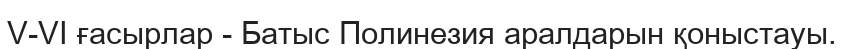
V-VI ғасырлар - Батыс Полинезия аралдарын қоныстауы.